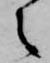
之